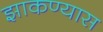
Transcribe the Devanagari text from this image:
झाकण्यास